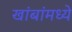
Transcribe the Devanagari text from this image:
खांबांमध्ये